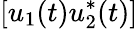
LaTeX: [u_{1}(t)u_{2}^{*}(t)]